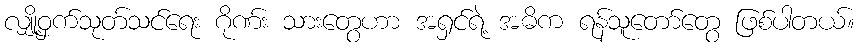
လျှို့ဝှက်သုတ်သင်ရေး ဂိုဏ်း သားတွေဟာ အရှင်ရဲ့ အဓိက ရန်သူတော်တွေ ဖြစ်ပါတယ်။